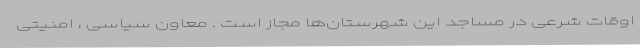
اوقات شرعی در مساجد این شهرستان‌ها مجاز است . معاون سیاسی ، امنیتی